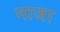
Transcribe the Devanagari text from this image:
नाजा